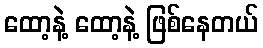
ထော့နဲ့ ထော့နဲ့ ဖြစ်နေတယ်